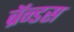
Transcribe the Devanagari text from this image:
ब्रॅन्डस